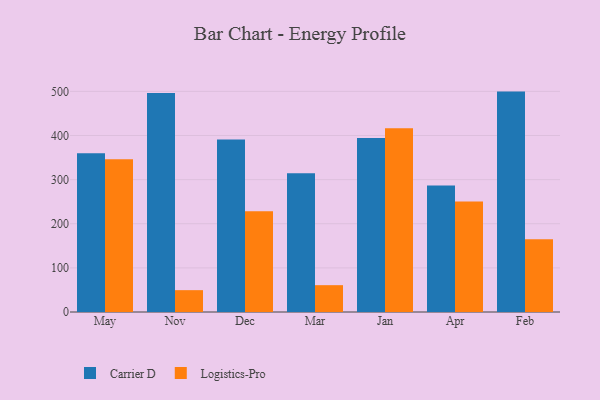
{"axis": {"x": "Month", "y": "Website Visitors"}, "legend": ["Carrier D", "Logistics-Pro"], "data": [{"x": "May", "y": 359.7, "type": "Carrier D"}, {"x": "May", "y": 346.1, "type": "Logistics-Pro"}, {"x": "Nov", "y": 496.1, "type": "Carrier D"}, {"x": "Nov", "y": 49.5, "type": "Logistics-Pro"}, {"x": "Dec", "y": 390.8, "type": "Carrier D"}, {"x": "Dec", "y": 228.3, "type": "Logistics-Pro"}, {"x": "Mar", "y": 314.5, "type": "Carrier D"}, {"x": "Mar", "y": 60.8, "type": "Logistics-Pro"}, {"x": "Jan", "y": 394.3, "type": "Carrier D"}, {"x": "Jan", "y": 416.6, "type": "Logistics-Pro"}, {"x": "Apr", "y": 286.9, "type": "Carrier D"}, {"x": "Apr", "y": 250.2, "type": "Logistics-Pro"}, {"x": "Feb", "y": 499.5, "type": "Carrier D"}, {"x": "Feb", "y": 164.6, "type": "Logistics-Pro"}]}